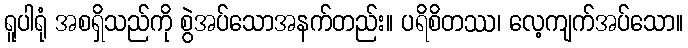
ရူပါရုံ အစရှိသည်ကို စွဲအပ်သောအနက်တည်း။ ပရိစိတဿ၊ လေ့ကျက်အပ်သော။